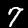
Digit: 7